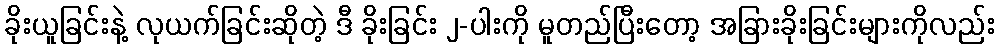
ခိုးယူခြင်းနဲ့ လုယက်ခြင်းဆိုတဲ့ ဒီ ခိုးခြင်း ၂-ပါးကို မူတည်ပြီးတော့ အခြားခိုးခြင်းများကိုလည်း